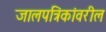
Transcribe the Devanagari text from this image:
जालपत्रिकांवरील